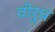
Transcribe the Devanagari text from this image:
वीरुध